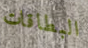
البطاقات